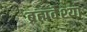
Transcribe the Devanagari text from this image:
ब्रह्मवेश्या